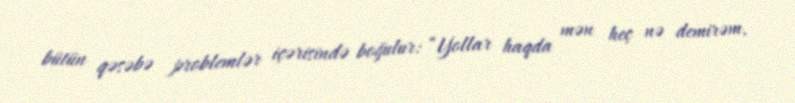
bütün qəsəbə problemlər içərisində boğulur: “Yollar haqda mən heç nə demirəm,